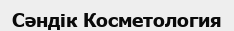
Сәндік Косметология